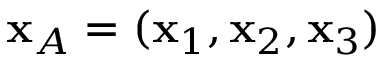
{ \bf x } _ { A } = ( { \bf x } _ { 1 } , { \bf x } _ { 2 } , { \bf x } _ { 3 } )